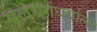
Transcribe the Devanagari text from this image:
मलयगंधर्वाला